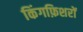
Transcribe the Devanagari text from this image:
किंगफ़िशरों